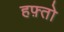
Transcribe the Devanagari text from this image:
हफ़्तो